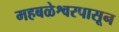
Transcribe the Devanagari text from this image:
महबळेश्वरपासून